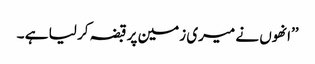
’’انھوں نے میری زمین پر قبضہ کر لیا ہے ۔